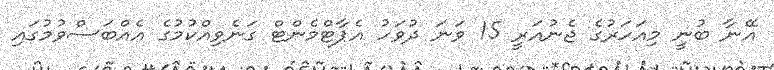
އޭނާ ބުނީ މިއަހަރުގެ ޖެނުއަރީ 15 ވަނަ ދުވަހު އެޕާޓްމެންޓް ގަނެވިއްކުމުގެ އެއްބަސްވުމުގައި